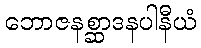
ဘောဇနစ္ဆာဒနပါနီယံ